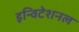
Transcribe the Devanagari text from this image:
इन्विटेशनल